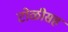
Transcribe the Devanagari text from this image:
टोळीसह